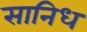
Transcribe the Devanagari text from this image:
सानिध